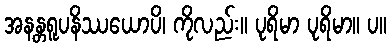
အနန္တရူပနိဿယောပိ၊ ကိုလည်း။ ပုရိမာ ပုရိမာ။ ပ။